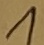
Text: 1